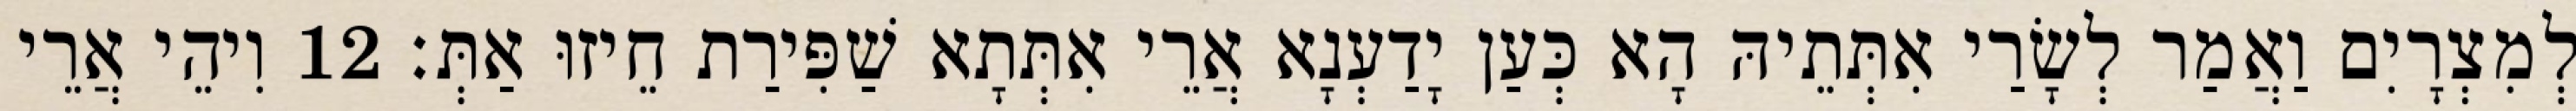
לְמִצְרָיִם וַאֲמַר לְשָׂרַי אִתְּתֵיהּ הָא כְּעַן יָדַעְנָא אֲרֵי אִתְּתָא שַׁפִּירַת חֵיזוּ אַתְּ׃ 12 וִיהֵי אֲרֵי